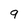
Character: 9